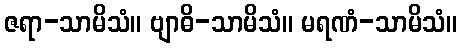
ဇရာ-သာမိသံ။ ဗျာဓိ-သာမိသံ။ မရဏံ-သာမိသံ။